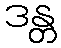
ဒန္တ